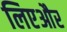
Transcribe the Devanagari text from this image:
लिएऔर